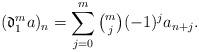
LaTeX: \begin{align*}(\mathfrak{d}_1^m a)_n &= \sum_{j=0}^{m}\tbinom{m}{j}(-1)^j a_{n+j}.\end{align*}